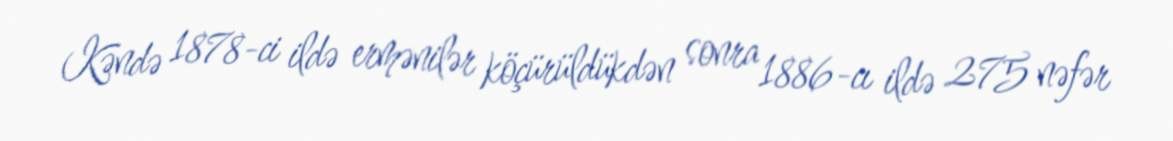
Kəndə 1878-ci ildə ermənilər köçürüldükdən sonra 1886-cı ildə 275 nəfər